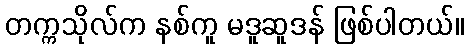
တက္ကသိုလ်က နစ်ကူ မဒူဆူဒန် ဖြစ်ပါတယ်။